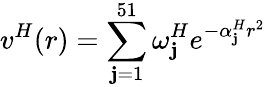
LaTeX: v^{H}(r)=\sum_{\mathbf{j}=1}^{51}\omega_{\mathbf{j}}^{H}e^{-\alpha_{\mathbf{j}}^{H}r^{2}}